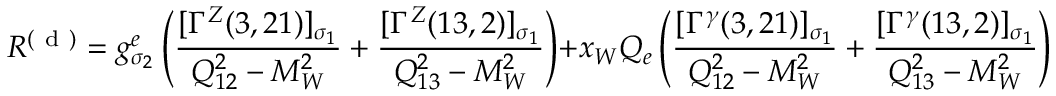
{ \cal R } ^ { ( \mathrm { ~ d ~ } ) } = g _ { \sigma _ { 2 } } ^ { e } \left( \frac { [ \Gamma ^ { Z } ( 3 , 2 1 ) ] _ { \sigma _ { 1 } } } { Q _ { 1 2 } ^ { 2 } - M _ { W } ^ { 2 } } + \frac { [ \Gamma ^ { Z } ( 1 3 , 2 ) ] _ { \sigma _ { 1 } } } { Q _ { 1 3 } ^ { 2 } - M _ { W } ^ { 2 } } \right) + x _ { W } Q _ { e } \left( \frac { [ \Gamma ^ { \gamma } ( 3 , 2 1 ) ] _ { \sigma _ { 1 } } } { Q _ { 1 2 } ^ { 2 } - M _ { W } ^ { 2 } } + \frac { [ \Gamma ^ { \gamma } ( 1 3 , 2 ) ] _ { \sigma _ { 1 } } } { Q _ { 1 3 } ^ { 2 } - M _ { W } ^ { 2 } } \right) \; .